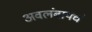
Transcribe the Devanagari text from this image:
अवलंबायचं